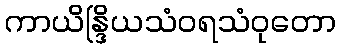
ကာယိန္ဒြိယသံဝရသံဝုတော